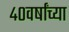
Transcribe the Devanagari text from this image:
४०वर्षांच्या